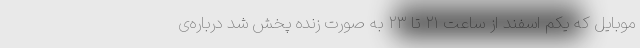
موبایل که یکم اسفند از ساعت ۲۱ تا ۲۳ به صورت زنده پخش شد درباره‌ی